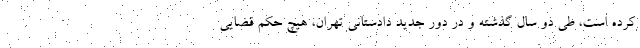
کرده است، طی دو سال گذشته و در دور جدید دادستانی تهران، هیچ حکم قضایی